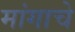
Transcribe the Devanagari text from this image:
मांगाचे